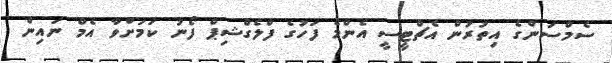
ސެމްސަންގެ އިތުރުން އެޗްޓީސީ އެންމެ ފަހުގެ ފްލެގްޝިޕް ފޯނު ކަމަށްވާ އެމް ނައިން